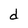
Character: d